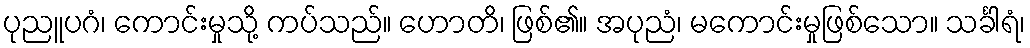
ပုညူပဂံ၊ ကောင်းမှုသို့ ကပ်သည်။ ဟောတိ၊ ဖြစ်၏။ အပုညံ၊ မကောင်းမှုဖြစ်သော။ သင်္ခါရံ၊